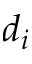
d _ { i }